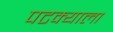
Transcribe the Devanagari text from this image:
पटक्याला